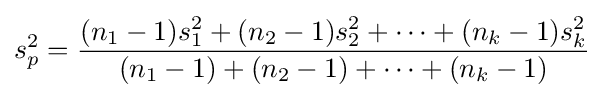
s_{p}^{2}={\frac {(n_{1}-1)s_{1}^{2}+(n_{2}-1)s_{2}^{2}+\cdots +(n_{k}-1)s_{k}^{2}}{(n_{1}-1)+(n_{2}-1)+\cdots +(n_{k}-1)}}